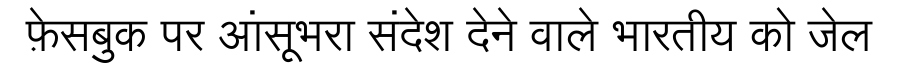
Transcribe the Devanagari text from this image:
फ़ेसबुक पर आंसूभरा संदेश देने वाले भारतीय को जेल